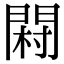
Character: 𨴺